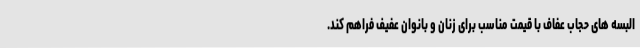
البسه های حجاب عفاف با قیمت مناسب برای زنان و بانوان عفیف فراهم کند.